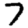
Digit: 7